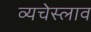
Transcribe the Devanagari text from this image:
व्यचेस्लाव